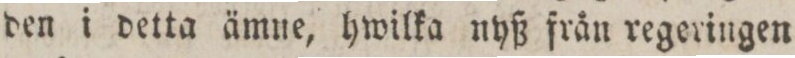
den i detta ämne, hwilka nyß från regeringen